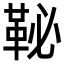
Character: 䩛